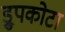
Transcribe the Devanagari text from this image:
ड्रुपकोटा